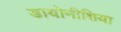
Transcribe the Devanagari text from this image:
डायोनीशिया